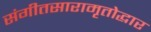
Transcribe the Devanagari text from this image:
संगीतसारामृतोद्धार